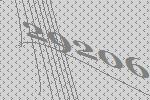
29206